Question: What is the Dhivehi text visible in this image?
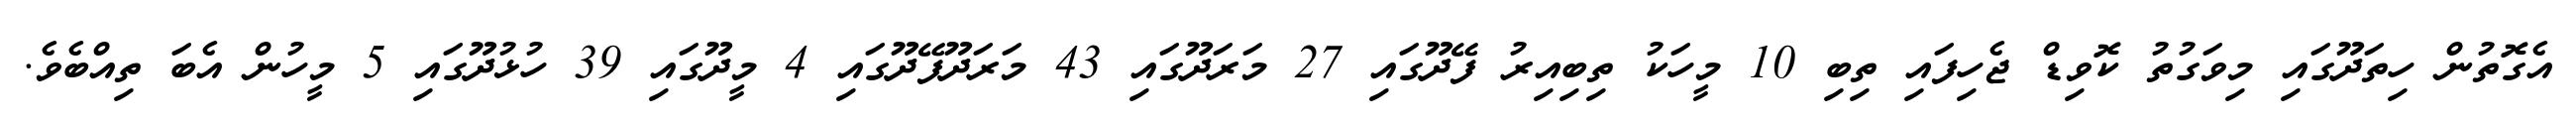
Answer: އެގޮތުން ހިތަދޫގައި މިވަގުތު ކޮވިޑް ޖެހިފައި ތިބި 10 މީހަކު ތިބިއިރު ފޭދޫގައި 27 މަރަދޫގައި 43 މަރަދޫފޭދޫގައި 4 މީދޫގައި 39 ހުޅުދޫގައި 5 މީހުން އެބަ ތިއްބެވެ.